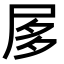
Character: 㞔